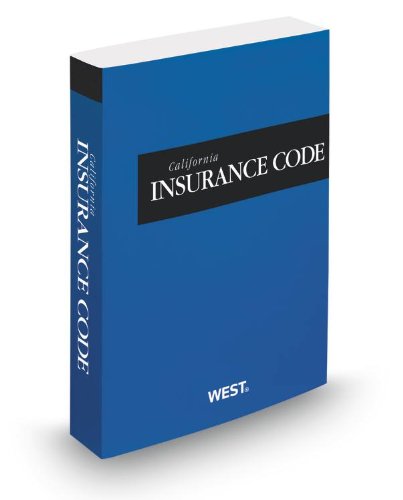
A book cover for California Insurance Code, 2014 ed. (California Desktop Codes); Thomson West; Law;